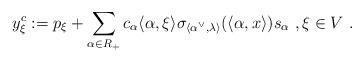
LaTeX: \begin{align*} y_\xi^{c} :=p_\xi+\sum_{\alpha\in R_+}c_\alpha \langle\alpha, \xi\rangle \sigma_{\langle\alpha^\vee, \lambda\rangle}(\langle\alpha, x\rangle)s_\alpha\ , \xi \in V\ .\end{align*}